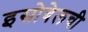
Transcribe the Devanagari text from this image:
इसोबेलची